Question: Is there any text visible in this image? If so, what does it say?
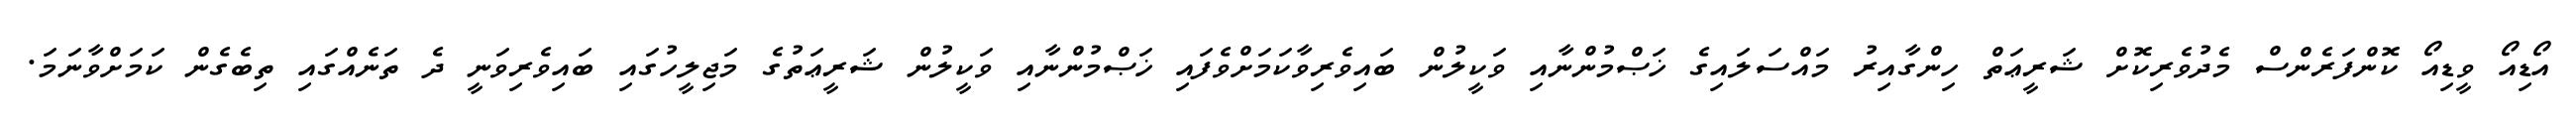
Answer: އޯޑިއޯ ވީޑިއޯ ކޮންފަރެންސް މެދުވެރިކޮށް ޝަރީޢަތް ހިންގާއިރު މައްސަލައިގެ ޚަޞްމުންނާއި ވަކީލުން ބައިވެރިވާކަމަށްވެފައި ޚަޞްމުންނާއި ވަކީލުން ޝަރީޢަތުގެ މަޖިލީހުގައި ބައިވެރިވަނީ ދެ ތަނެއްގައި ތިބެގެން ކަމަށްވާނަމަ.